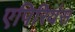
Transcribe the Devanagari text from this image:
एपिरियंस